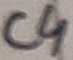
Text: C4